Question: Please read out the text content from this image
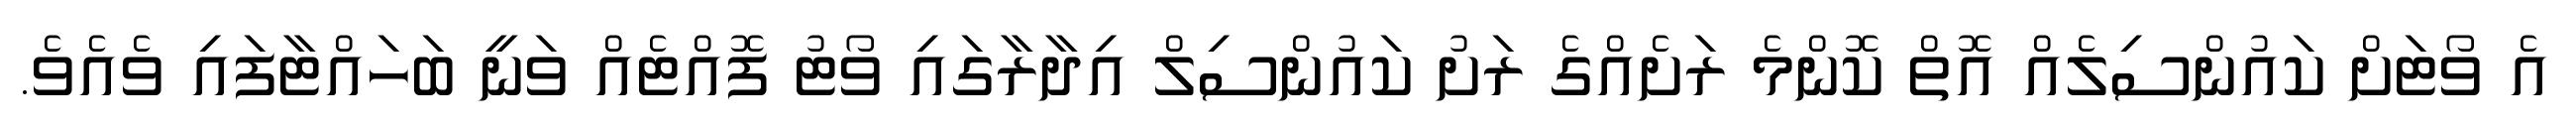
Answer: އެ ވޯޓަށް ކައުންސިލެއް އޮތް ކޮންމެ ރަށެއްގެ ރަށު ކައުންސިލް އިދާރާގައި ވޯޓު ފޮއްޓެއް ވަނީ ބަހައްޓާފައި ވެއެވެ.